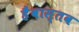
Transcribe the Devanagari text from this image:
हैंवास्तव